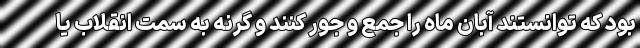
بود که توانستند آبان ماه را جمع و جور کنند و گرنه به سمت انقلاب یا